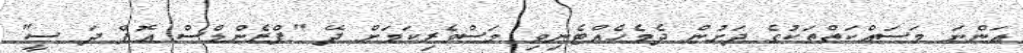
އަންނަ މަސައްކަތްތަކުގެ ދަށުން ދެމެހެއްޓެނިވި މަސްވެރިކަމަށް ދޭ "ފްރެންޑްސް އޮފް ދަ ސީ"